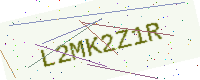
Text: L2MK2Z1R